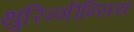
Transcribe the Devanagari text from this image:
थुरिन्गीन्सिस